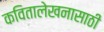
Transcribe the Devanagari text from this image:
कवितालेखनासाठी